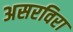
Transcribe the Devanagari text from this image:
असरविरा